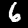
Digit: 6